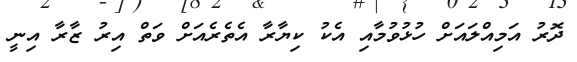
ދޮރު އަމިއްލައަށް ހުޅުވުމާއި އެކު ކިޔާރާ އެތެރެއަށް ވަތް އިރު ޒާރާ އިނީ